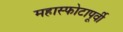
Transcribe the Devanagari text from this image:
महास्फोटापूर्वी